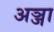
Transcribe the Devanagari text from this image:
अञ्जा